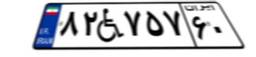
۸۲W۷۵۷۶۰